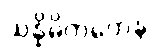
သန္နိဓိကတေန